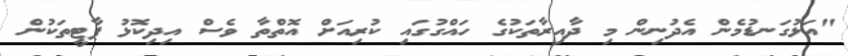
"އަޅުގަނޑުމެން އެދުނިން މި ދާއިރާތަކުގެ ހައްގުގައި ކުރިއަށް އޮތްތާ ވެސް އިދިކޮޅު ޕާޓީތަކުން